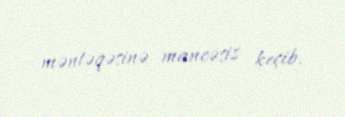
məntəqəsinə maneəsiz keçib.